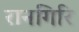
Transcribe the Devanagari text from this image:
रानगिरि